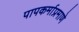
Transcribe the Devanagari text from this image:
पापकर्माप्रमाणे